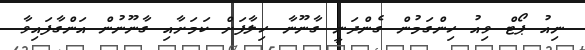
ނިއު ޕޯޓް ވިއު ހިންގަމުން ގެންދަނީ ގާނޫނާ ހިލާފަށް ކަމަށާއި ގާނޫނުން އަންގާފައިވާ